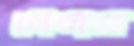
বেলস